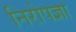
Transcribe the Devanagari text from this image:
निरोपज्ञा